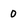
Character: 0